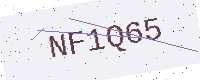
Text: NF1Q65